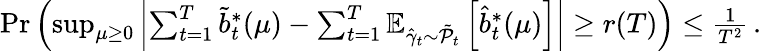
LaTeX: \begin{array}{r}{\operatorname*{Pr}\left(\operatorname*{sup}_{\mu\geq 0}\left|\sum_{t=1}^{T}\tilde{b}_{t}^{*}(\mu)-\sum_{t=1}^{T}\mathbb{E}_{\hat{\gamma}_{t}\sim\tilde{\mathcal{P}}_{t}}\left[\hat{b}_{t}^{*}(\mu)\right]\right|\geq r(T)\right)\leq\frac{1}{T^{2}}\, .}\end{array}